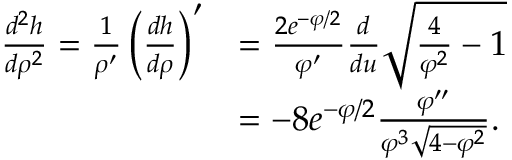
\begin{array} { r l } { \frac { d ^ { 2 } h } { d \rho ^ { 2 } } = \frac { 1 } { \rho ^ { \prime } } \left( \frac { d h } { d \rho } \right) ^ { \prime } } & { = \frac { 2 e ^ { - \varphi / 2 } } { \varphi ^ { \prime } } \frac { d } { d u } \sqrt { \frac { 4 } { \varphi ^ { 2 } } - 1 } } \\ & { = - 8 e ^ { - \varphi / 2 } \frac { \varphi ^ { \prime \prime } } { \varphi ^ { 3 } \sqrt { 4 - \varphi ^ { 2 } } } . } \end{array}